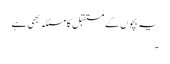
یہ بچوں کے مستقبل کا مسئلہ بھی ہے
۔